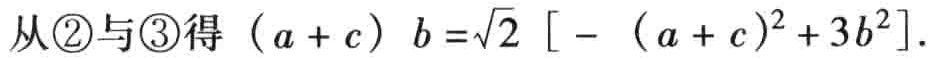
从\textcircled{2}与\textcircled{3}得 \((a + c)b=\sqrt{2}\left[-(a + c)^{2}+3b^{2}\right]\)